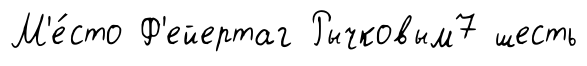
М'е́сто Ф'ейертаг Рычковым7 шесть